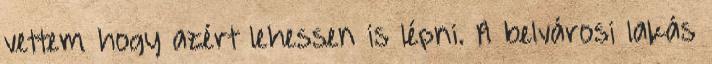
vettem hogy azért lehessen is lépni. A belvárosi lakás